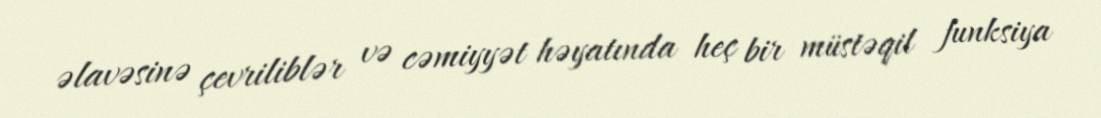
əlavəsinə çevriliblər və cəmiyyət həyatında heç bir müstəqil funksiya